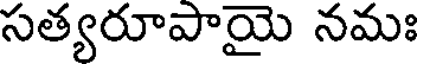
సత్యరూపాయై నమః